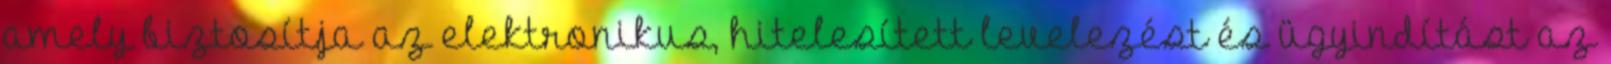
amely biztosítja az elektronikus, hitelesített levelezést és ügyindítást az